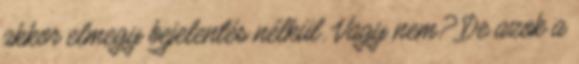
akkor elmegy bejelentés nélkül. Vagy nem? De azok a